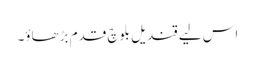
اس لیے قندیل بلوچ قدم بڑھاؤ۔